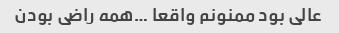
عالی بود ممنونم واقعا …همه راضی بودن